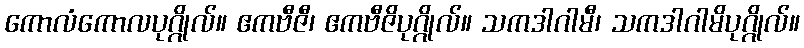
ကောလံကောလပုဂ္ဂိုလ်။ ဧကဗီဇီ၊ ဧကဗီဇိပုဂ္ဂိုလ်။ သကဒါဂါမီ၊ သကဒါဂါမိပုဂ္ဂိုလ်။